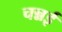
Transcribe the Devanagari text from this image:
चन्नई